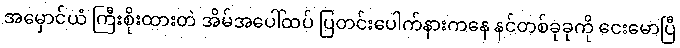
အမှောင်ယံ ကြီးစိုးထားတဲ အိမ်အပေါ်ထပ် ပြတင်းပေါက်နားကနေ နင်တစ်ခုခုကို ငေးမောပြီ